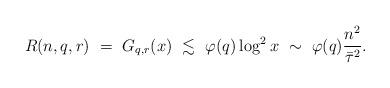
LaTeX: \begin{align*}R(n,q,r)~=~G_{q,r}(x) ~\lesssim~ \varphi(q) \log^2 x ~\sim~ \varphi(q) {n^2\over\bar\tau^2}.\end{align*}